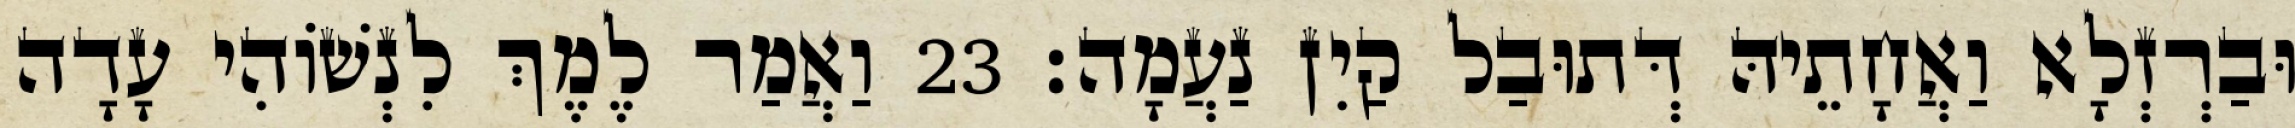
וּבַרְזְלָא וַאֲחָתֵיהּ דְּתוּבַל קַיִן נַעֲמָה׃ 23 וַאֲמַר לֶמֶךְ לִנְשׁוֹהִי עָדָה